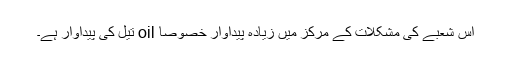
اس شعبے کی مشکلات کے مرکز میں زیادہ پیداوار خصوصا oil تیل کی پیداوار ہے۔